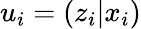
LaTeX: u_{i}=\left(z_{i}|x_{i}\right)